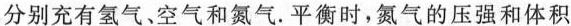
分别充有氢气、空气和氮气。平衡时，氮气的压强和体积